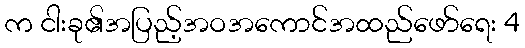
က ငါးခု၏အပြည့်အဝအကောင်အထည်ဖော်ရေး 4